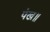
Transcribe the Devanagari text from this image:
पंख॥